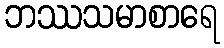
ဘဿသမာစာရေ